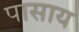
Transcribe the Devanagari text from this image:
पासाय